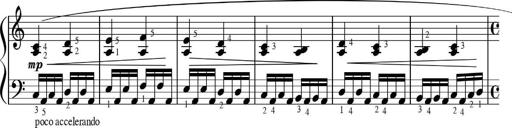
Title: Sonatinas
Composer: Andrew Violette